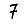
Digit: 7